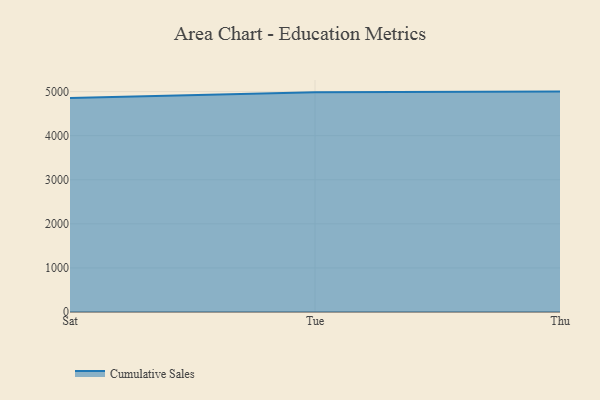
{"axis": {"x": "Day", "y": "Waste Production (Tons)"}, "legend": ["Cumulative Sales"], "data": [{"x": "Sat", "y": 4856.9, "type": "Cumulative Sales"}, {"x": "Tue", "y": 4984.2, "type": "Cumulative Sales"}, {"x": "Thu", "y": 5000, "type": "Cumulative Sales"}]}